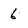
Character: 6